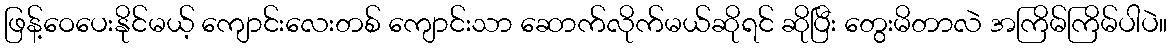
ဖြန့်ဝေပေးနိုင်မယ့် ကျောင်းလေးတစ် ကျောင်းသာ ဆောက်လိုက်မယ်ဆိုရင် ဆိုပြီး တွေးမိတာလဲ အကြိမ်ကြိမ်ပါပဲ။